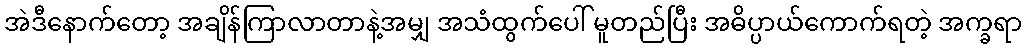
အဲဒီနောက်တော့ အချိန်ကြာလာတာနဲ့အမျှ အသံထွက်ပေါ် မူတည်ပြီး အဓိပ္ပာယ်ကောက်ရတဲ့ အက္ခရာ